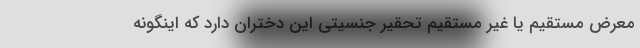
معرض مستقیم یا غیر مستقیم تحقیر جنسیتی این دختران دارد که اینگونه